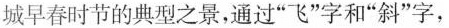
城早春时节的典型之景，通过“飞”字和“斜”字，